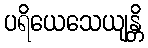
ပရိယေသေယျန္တိ